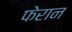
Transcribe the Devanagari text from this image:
फेरान